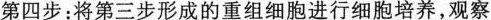
第四步：将第三步形成的重组细胞进行细胞培养，观察